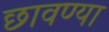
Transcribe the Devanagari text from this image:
छावण्‍या